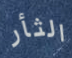
الثأر